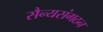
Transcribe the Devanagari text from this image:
सैन्यसंगठन